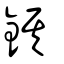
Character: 錤